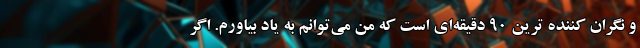
و نگران کننده ترین 90 دقیقه‌ای است که من می‌توانم به یاد بیاورم. اگر